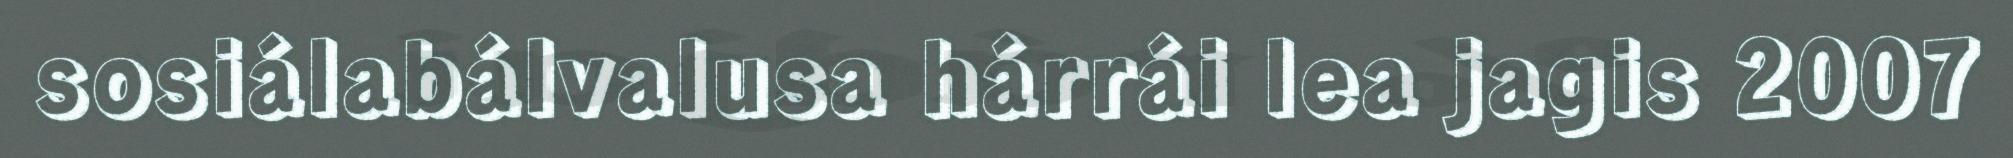
sosiálabálvalusa hárrái lea jagis 2007